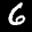
Label: 6